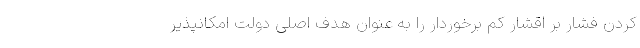
کردن فشار بر اقشار کم برخوردار را به عنوان هدف اصلی دولت امکانپذیر